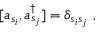
[ a _ { s _ { i } } , a _ { s _ { j } } ^ { \dagger } ] = \delta _ { s _ { i } s _ { j } } ~ ,